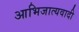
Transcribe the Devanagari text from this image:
आभिजात्यवादी